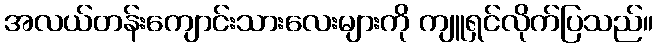
အလယ်တန်းကျောင်းသားလေးများကို ကျူရှင်လိုက်ပြသည်။